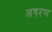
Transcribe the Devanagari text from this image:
अषरण